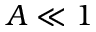
A \ll 1